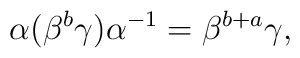
\alpha (\beta^b \gamma) \alpha^{-1}= \beta^{b+a} \gamma,